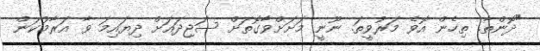
"ދޮންތާ. ތިހެން އޮވެ މަރުވީތަ. ނޫނީ މަށަށްވާގޮތަށް ސަޖިދައަށް ދިޔައިމަ ވާ އަރާމުކަން